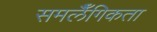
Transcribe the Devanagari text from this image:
समलैँगिकता